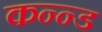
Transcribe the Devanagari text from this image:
कन्न्ड